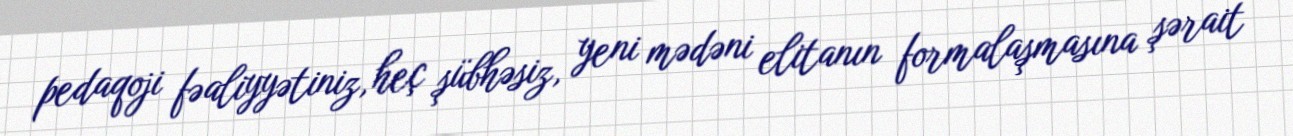
pedaqoji fəaliyyətiniz, heç şübhəsiz, yeni mədəni elitanın formalaşmasına şərait